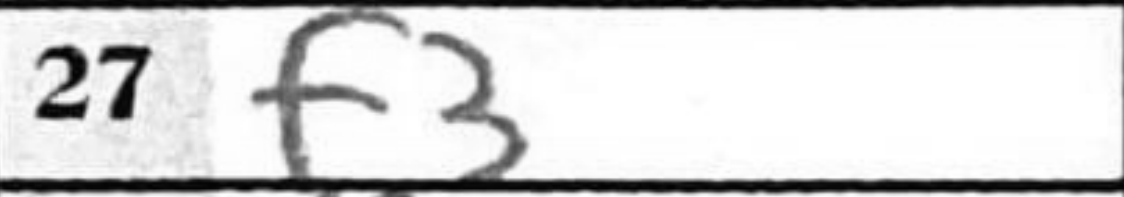
Transcription: f3